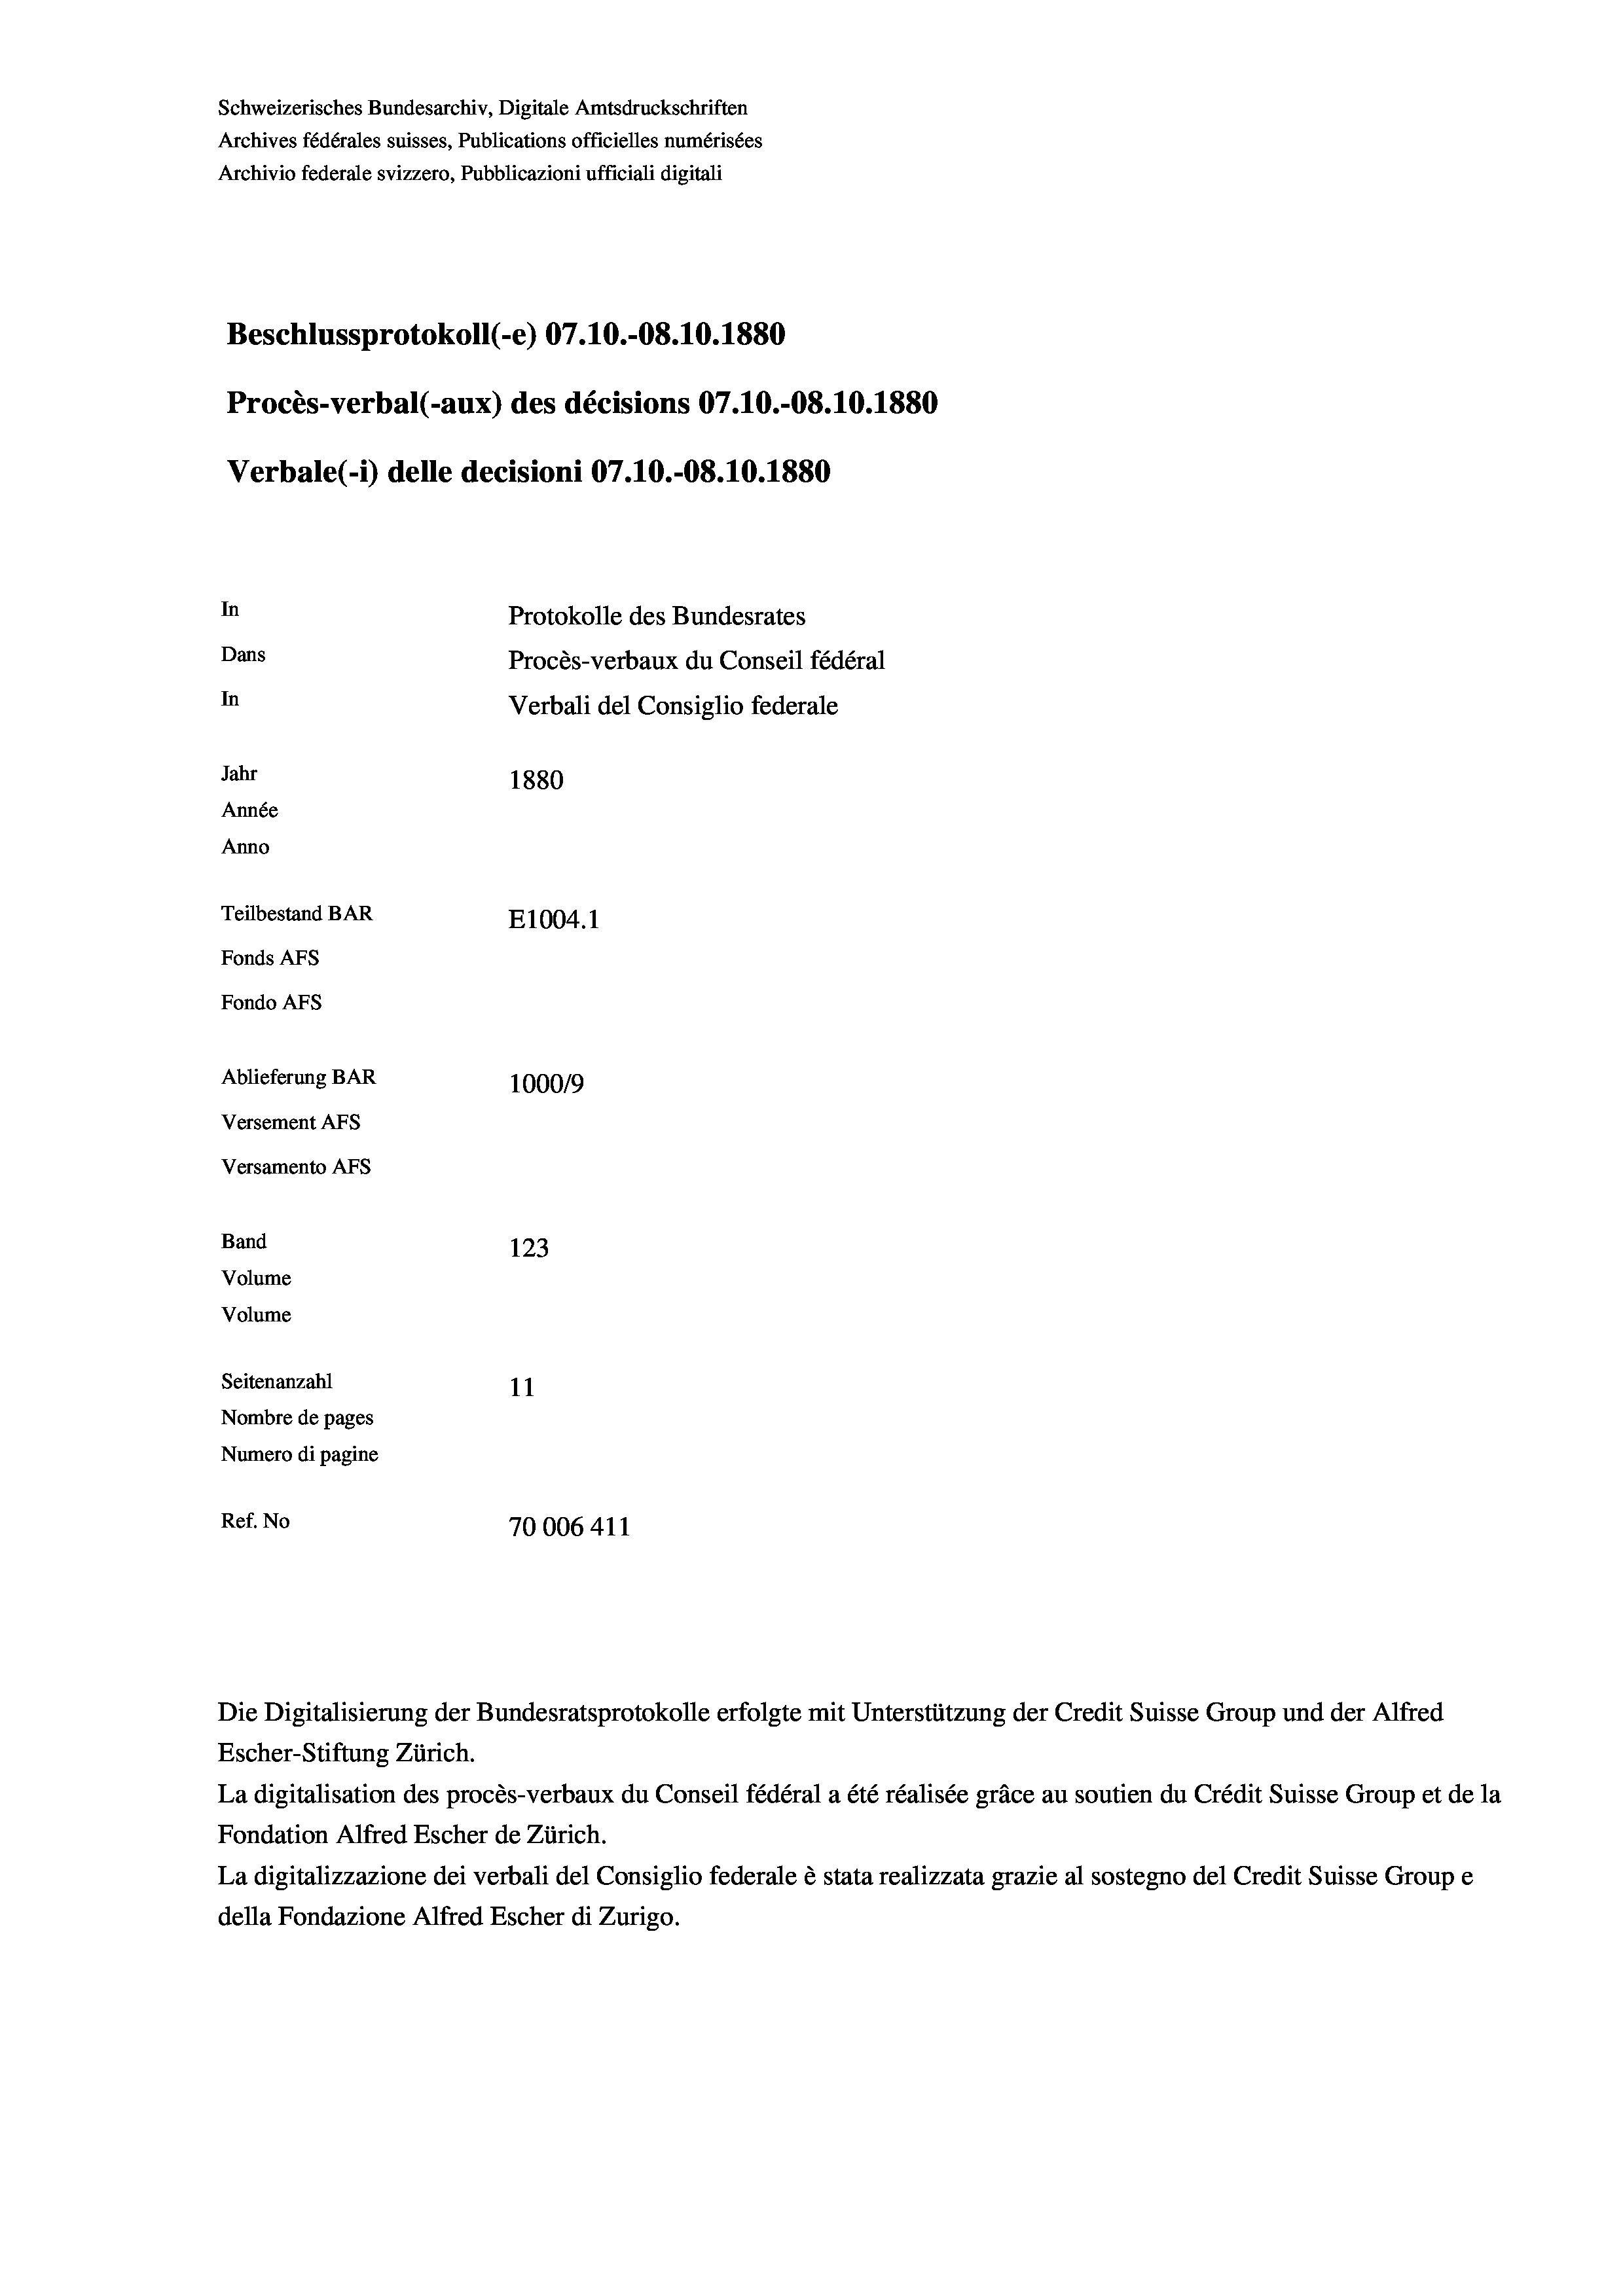
Schweizerisches Bundesarchiv, Digitale Amtsdruckschriften
Archives fédérales suisses, Publications officielles numérisées
Archivio federale svizzero, Pubblicazioni ufficiali digitali
Beschlussprotokoll (-e) 07.10.-08.10.1880
Procès-verbal (-aux) des décisions 07.10.-08.10.1880
Verbale(-*) delle decisioni 07.10.-08.10.1880
In
Protokolle des Bundesrates
Dans
Procès-verbaux du Conseil fédéral
In
Verbali del Consiglio federale
Jahr
1880
Année
Anno
Teilbestand BAR
E1004. 1
Fonds AFs
Fondo AFS
Ablieferung BAR
100019
Versement AFs
Versamento AFs
Band
123
Volume
Volume
Seitenanzahl
11
Nombre de pages
Numero di pagine
Ref. No
70006 411

Die Digitalisierung der Bundesratsprotokolle erfolgte mit Unterstützung der Credit Suisse Group und der Alfred
Escher-Stiftung Zürich.
La digitalisation des procès-verbaux du Conseil fédéral a été réalisée gräce au soutien du Crédit Suisse Group et de la
Fondation Alfred Escher de Zürich.
La digitalizzazione dei verbali del Consiglio federale è stata realizzata grazie al sostegno del Credit Suisse Groupe
della Fondazione Alfred Escher di Zurigo.